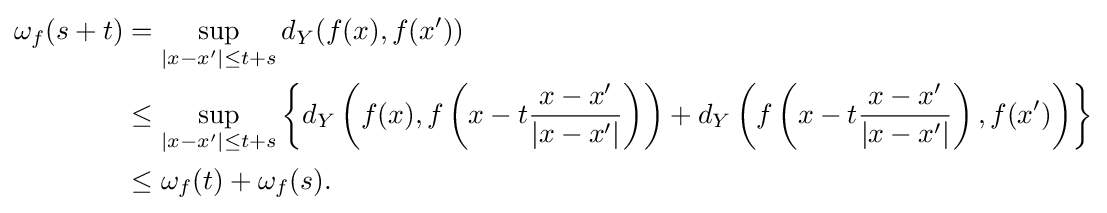
{\begin{aligned}\omega _{f}(s+t)&=\sup _{|x-x'|\leq t+s}d_{Y}(f(x),f(x'))\\&\leq \sup _{|x-x'|\leq t+s}\left\{d_{Y}\left(f(x),f\left(x-t{\frac {x-x'}{|x-x'|}}\right)\right)+d_{Y}\left(f\left(x-t{\frac {x-x'}{|x-x'|}}\right),f(x')\right)\right\}\\&\leq \omega _{f}(t)+\omega _{f}(s).\end{aligned}}